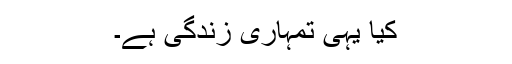
کیا یہی تمہاری زندگی ہے۔